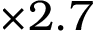
\times 2 . 7